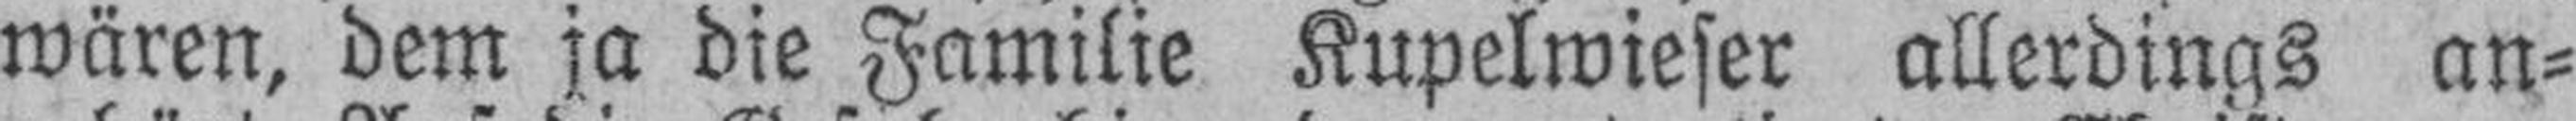
wären, dem ja die Familie Kupelwieser allerdings an¬